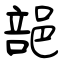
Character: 郶